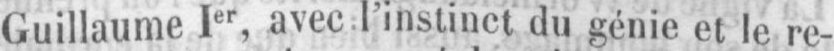
Guillaume 1er, avec l’instinct du génie et le re-